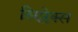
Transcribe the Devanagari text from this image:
सिप्लेक्स